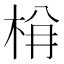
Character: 𭩺